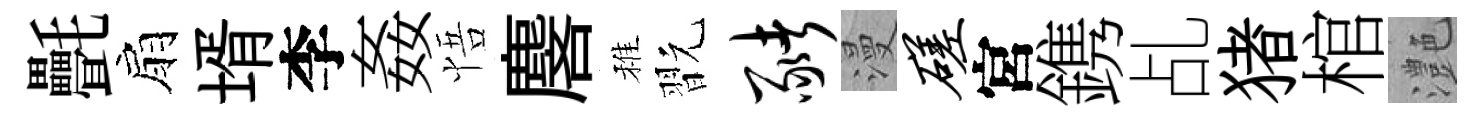
㲲扇壻李姦悟麐稚翫猪漫磋宮鎸乩猪棺灔